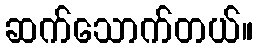
ဆက်သောက်တယ်။